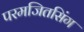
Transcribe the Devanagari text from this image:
परमजितसिंग